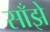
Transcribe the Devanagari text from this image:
साँझे